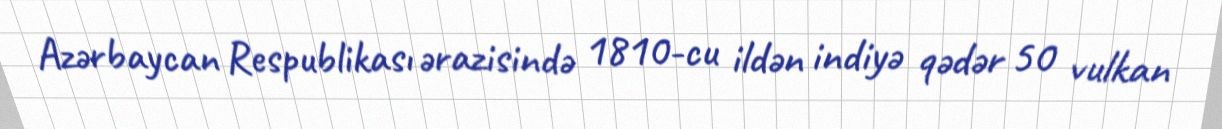
Azərbaycan Respublikası ərazisində 1810-cu ildən indiyə qədər 50 vulkan